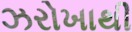
ઝરોખાથી